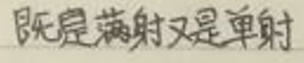
既是满射又是单射